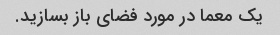
یک معما در مورد فضای باز بسازید.